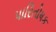
પારિતોષક